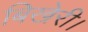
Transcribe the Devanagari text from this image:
बिखेरी।